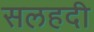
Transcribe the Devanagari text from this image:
सलहदी